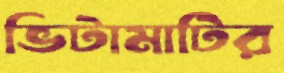
ভিটামাটির